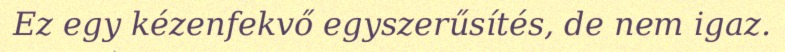
Ez egy kézenfekvő egyszerűsítés, de nem igaz.